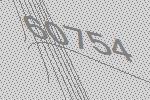
60754